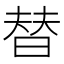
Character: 替